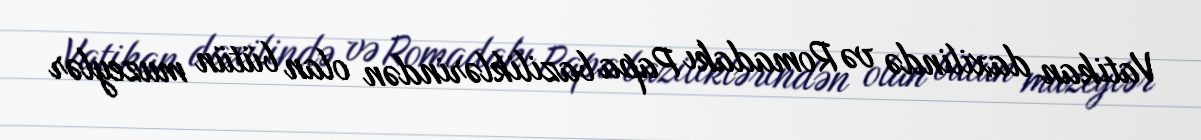
Vatikan daxilində və Romadakı Papa baziliklərindən olan bütün muzeylər